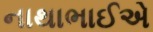
નાથાભાઈએ